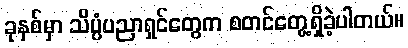
ခုနှစ်မှာ သိပ္ပံပညာရှင်တွေက စတင်တွေ့ရှိခဲ့ပါတယ်။